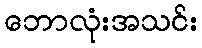
ဘောလုံးအသင်း